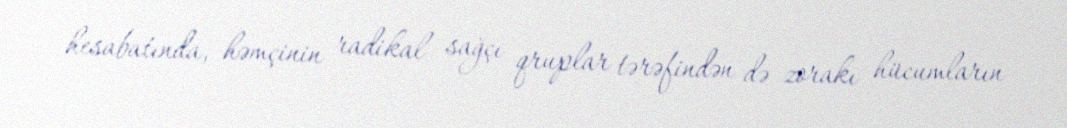
hesabatında, həmçinin radikal sağçı qruplar tərəfindən də zorakı hücumların